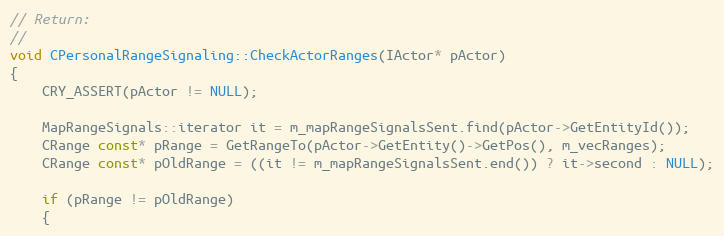
Language: C++
// Return:
//
void CPersonalRangeSignaling::CheckActorRanges(IActor* pActor)
{
	CRY_ASSERT(pActor != NULL);

	MapRangeSignals::iterator it = m_mapRangeSignalsSent.find(pActor->GetEntityId());
	CRange const* pRange = GetRangeTo(pActor->GetEntity()->GetPos(), m_vecRanges);
	CRange const* pOldRange = ((it != m_mapRangeSignalsSent.end()) ? it->second : NULL);

	if (pRange != pOldRange)
	{